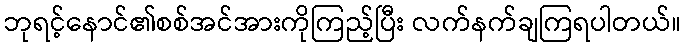
ဘုရင့်နောင်၏စစ်အင်အားကိုကြည့်ပြီး လက်နက်ချကြရပါတယ်။